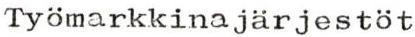
Tyomarkkinajärjestöt